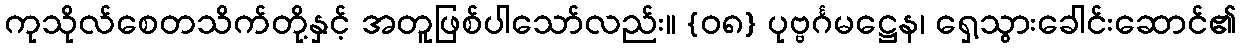
ကုသိုလ်စေတသိက်တို့နှင့် အတူဖြစ်ပါသော်လည်း။ {၀၈} ပုဗ္ဗင်္ဂမဋ္ဌေန၊ ရှေ့သွားခေါင်းဆောင်၏